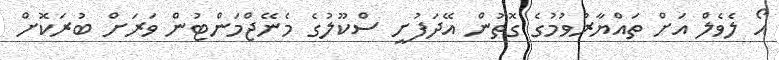
އޯ ލެވެލް އަށް ތައްޔާރުވުމުގެ ގޮތުން އޭދަފުށީ ސްކޫލުގެ މެނޭޖްމަންޓުން ވަރަށް ބުރަކޮށް